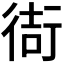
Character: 𫋮